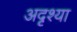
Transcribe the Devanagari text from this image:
अदृश्या